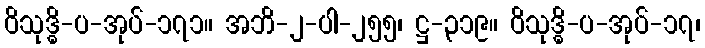
ဝိသုဒ္ဓိ-ပ-အုပ်-၁၇၁။ အဘိ-၂-ပါ-၂၅၅၊ ဋ္ဌ-၃၁၉။ ဝိသုဒ္ဓိ-ပ-အုပ်-၁၇၊